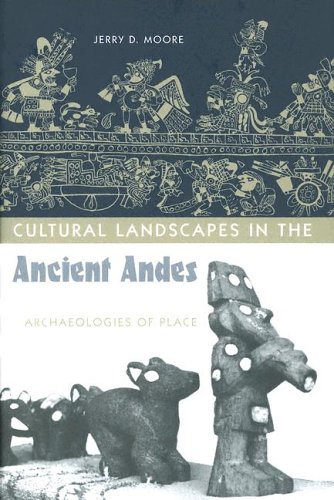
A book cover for Cultural Landscapes in the Ancient Andes: Archaeologies of Place; Jerry D. Moore; History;